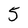
Character: 5